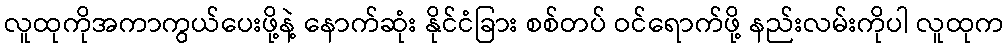
လူထုကိုအကာကွယ်ပေးဖို့နဲ့ နောက်ဆုံး နိုင်ငံခြား စစ်တပ် ဝင်ရောက်ဖို့ နည်းလမ်းကိုပါ လူထုက